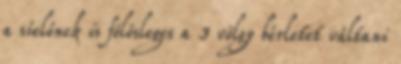
a síelőnek is fölösleges a 3 völgy bérletet váltani